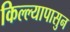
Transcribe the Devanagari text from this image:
किल्ल्यापासुन